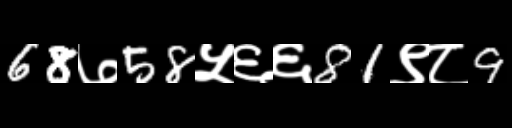
Text: 68७58५६६81९८9